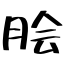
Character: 脍